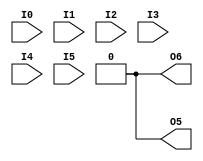
// ============================================================================
// LUT
module LUT6_2(output O6, output O5, input I0, I1, I2, I3, I4, I5);
  parameter [63:0] INIT = 0;
  wire [31: 0] s5 = I5 ? INIT[63:32] : INIT[31: 0];
  wire [15: 0] s4 = I4 ?   s5[31:16] :   s5[15: 0];
  wire [ 7: 0] s3 = I3 ?   s4[15: 8] :   s4[ 7: 0];
  wire [ 3: 0] s2 = I2 ?   s3[ 7: 4] :   s3[ 3: 0];
  wire [ 1: 0] s1 = I1 ?   s2[ 3: 2] :   s2[ 1: 0];
  assign O6 = I0 ? s1[1] : s1[0];

  wire [15: 0] s5_4 = I4 ? INIT[31:16] : INIT[15: 0];
  wire [ 7: 0] s5_3 = I3 ? s5_4[15: 8] : s5_4[ 7: 0];
  wire [ 3: 0] s5_2 = I2 ? s5_3[ 7: 4] : s5_3[ 3: 0];
  wire [ 1: 0] s5_1 = I1 ? s5_2[ 3: 2] : s5_2[ 1: 0];
  assign O5 = I0 ? s5_1[1] : s5_1[0];
endmodule
// module LUT6_2(O5, O6, I0, I1, I2, I3, I4, I5);
// 	input wire I0;
// 	input wire I1;
// 	input wire I2;
// 	input wire I3;
// 	input wire I4;
// 	input wire I5;

// 	output wire O6;
// 	output wire O5;

// 	parameter [63:0] INIT = 0;
// 	// LUT5 (upper)
// 	wire [15: 0] upper_s4 = I4 ?       INIT[63:48] :     INIT[47:32];
// 	wire [ 7: 0] upper_s3 = I3 ?   upper_s4[15: 8] : upper_s4[ 7: 0];
// 	wire [ 3: 0] upper_s2 = I2 ?   upper_s3[ 7: 4] : upper_s3[ 3: 0];
// 	wire [ 1: 0] upper_s1 = I1 ?   upper_s2[ 3: 2] : upper_s2[ 1: 0];
// 	wire         upper_O  = I0 ?   upper_s1[    1] : upper_s1[    0];

// 	// LUT5 (lower)
// 	wire [15: 0] lower_s4 = I4 ?       INIT[31:16] :     INIT[15: 0];
// 	wire [ 7: 0] lower_s3 = I3 ?   lower_s4[15: 8] : lower_s4[ 7: 0];
// 	wire [ 3: 0] lower_s2 = I2 ?   lower_s3[ 7: 4] : lower_s3[ 3: 0];
// 	wire [ 1: 0] lower_s1 = I1 ?   lower_s2[ 3: 2] : lower_s2[ 1: 0];
// 	wire         lower_O  = I0 ?   lower_s1[    1] : lower_s1[    0];
// 	assign O5 = lower_O;

// 	// MUXF6
// 	assign O6 = I5 ? upper_O : lower_O;
// endmodule

module T_INV (
    input  TI,
    output TO
);

  assign TO = ~TI;

endmodule

// ============================================================================
// MUX

module MUXF6 (output wire O, input wire I0,  input wire I1, input wire S);
	assign O = S ? I0 : I1;
endmodule

// CARRY4
(* abc9_box, lib_whitebox *)
module CARRY4(
  (* abc9_carry *)
  output [3:0] CO,
  output [3:0] O,
  (* abc9_carry *)
  input        CI,
  input        CYINIT,
  input  [3:0] DI, S
);
  assign O = S ^ {CO[2:0], CI | CYINIT};
  assign CO[0] = S[0] ? CI | CYINIT : DI[0];
  assign CO[1] = S[1] ? CO[0] : DI[1];
  assign CO[2] = S[2] ? CO[1] : DI[2];
  assign CO[3] = S[3] ? CO[2] : DI[3];
endmodule

module VCC(output VCC);
  assign VCC = 1;
endmodule

module GND(output GND);
  assign GND = 0;
endmodule

(* abc9_flop, lib_whitebox *)
module FDRE (
  output reg Q,
  (* clkbuf_sink *)
  (* invertible_pin = "IS_C_INVERTED" *)
  input C,
  input CE,
  (* invertible_pin = "IS_D_INVERTED" *)
  input D,
  (* invertible_pin = "IS_R_INVERTED" *)
  input R
);
  parameter [0:0] INIT = 1'b0;
  parameter [0:0] IS_C_INVERTED = 1'b0;
  parameter [0:0] IS_D_INVERTED = 1'b0;
  parameter [0:0] IS_R_INVERTED = 1'b0;
  initial Q <= INIT;
  generate
  case (|IS_C_INVERTED)
    1'b0: always @(posedge C) if (R == !IS_R_INVERTED) Q <= 1'b0; else if (CE) Q <= D ^ IS_D_INVERTED;
    1'b1: always @(negedge C) if (R == !IS_R_INVERTED) Q <= 1'b0; else if (CE) Q <= D ^ IS_D_INVERTED;
  endcase
  endgenerate
endmodule

module BUFGCTRL(
    (* clkbuf_driver *)
    output O,
    input I0, input I1,
    (* invertible_pin = "IS_S0_INVERTED" *)
    input S0,
    (* invertible_pin = "IS_S1_INVERTED" *)
    input S1,
    (* invertible_pin = "IS_CE0_INVERTED" *)
    input CE0,
    (* invertible_pin = "IS_CE1_INVERTED" *)
    input CE1,
    (* invertible_pin = "IS_IGNORE0_INVERTED" *)
    input IGNORE0,
    (* invertible_pin = "IS_IGNORE1_INVERTED" *)
    input IGNORE1);

parameter [0:0] INIT_OUT = 1'b0;
parameter PRESELECT_I0 = "FALSE";
parameter PRESELECT_I1 = "FALSE";
parameter [0:0] IS_CE0_INVERTED = 1'b0;
parameter [0:0] IS_CE1_INVERTED = 1'b0;
parameter [0:0] IS_S0_INVERTED = 1'b0;
parameter [0:0] IS_S1_INVERTED = 1'b0;
parameter [0:0] IS_IGNORE0_INVERTED = 1'b0;
parameter [0:0] IS_IGNORE1_INVERTED = 1'b0;

wire I0_internal = ((CE0 ^ IS_CE0_INVERTED) ? I0 : INIT_OUT);
wire I1_internal = ((CE1 ^ IS_CE1_INVERTED) ? I1 : INIT_OUT);
wire S0_true = (S0 ^ IS_S0_INVERTED);
wire S1_true = (S1 ^ IS_S1_INVERTED);

assign O = S0_true ? I0_internal : (S1_true ? I1_internal : INIT_OUT);

endmodule

module BUFHCE(
    (* clkbuf_driver *)
    output O,
    input I,
    (* invertible_pin = "IS_CE_INVERTED" *)
    input CE);

parameter [0:0] INIT_OUT = 1'b0;
parameter CE_TYPE = "SYNC";
parameter [0:0] IS_CE_INVERTED = 1'b0;

assign O = ((CE ^ IS_CE_INVERTED) ? I : INIT_OUT);

endmodule